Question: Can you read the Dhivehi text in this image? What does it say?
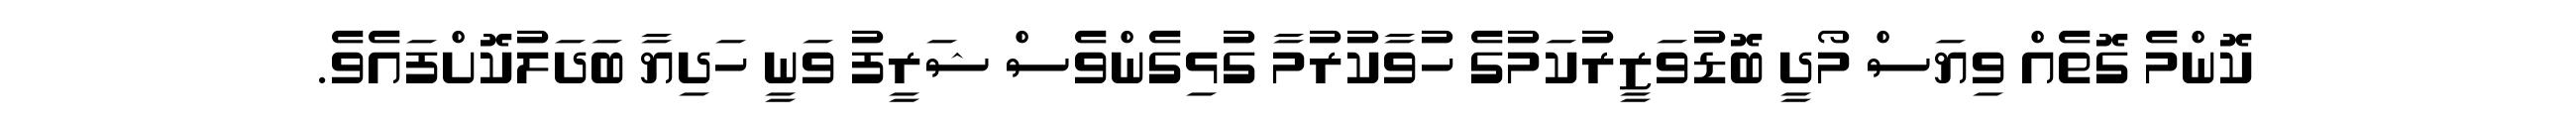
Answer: ކޮންމެ ގޮތެއް ވިޔަސް މޯދީ ބޮޑުވަޒީރުކަމުގެ ހުވާކުރުމާ ގުޅިގެންވެސް ޝަރީފު ވަނީ ހަދިޔާ ބަދަލުކޮށްފައެވެ.